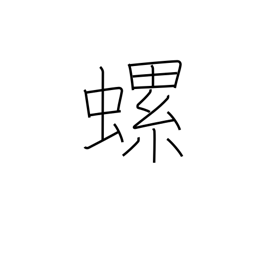
Meaning: small, edible, helical fresh-water mollusk